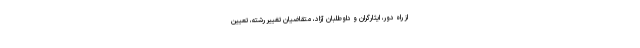
از راه دور، ایثارگران و داوطلبان آزاد، متقاضیان تغییر رشته، تعیین